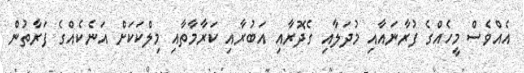
އެއްވެސް މީހެއްގެ ފުރާނައާއި މުދަލާއި ގެދޮރާއި އަބުރާއި ކަރާމާތާއި މިލްކަކަށް އަނެކެއްގެ ފަރާތުން